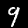
Label: 9